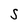
Character: S